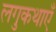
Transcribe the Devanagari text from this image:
लगुकथाएँ